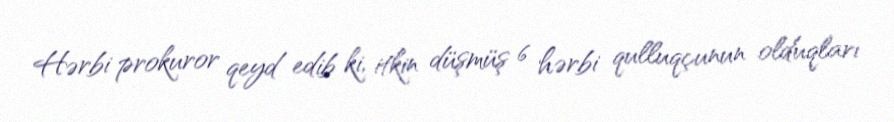
Hərbi prokuror qeyd edib ki, itkin düşmüş 6 hərbi qulluqçunun olduqları